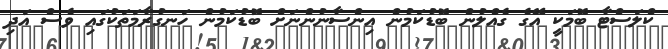
ކްލަސްޓާ ބޮމަކީ އޭގެ ގެއްލުން ބޮޑުކަމުން އިންސާނުންނަށް ބޮޑުކަމުން ހަނގުރާމަތަކުގައި ވެސް އަދި